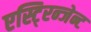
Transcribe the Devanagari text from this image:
एस्टि्रन्जेन्ट